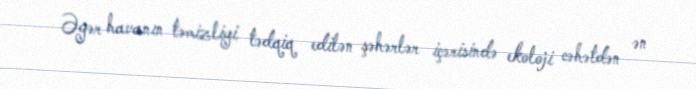
Əgər havanın təmizliyi tədqiq edilən şəhərlər içərisində ekoloji cəhətdən ən